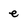
Character: e